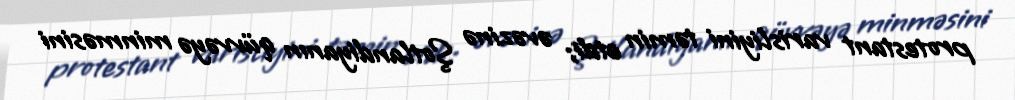
protestant varisliyini təmin etdi; əvəzinə Şotlandiyanın qüvvəyə minməsini